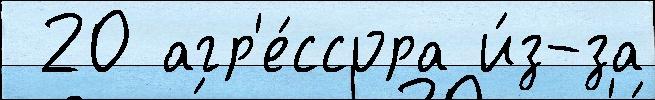
 20 агр'е́ссора и́з-за